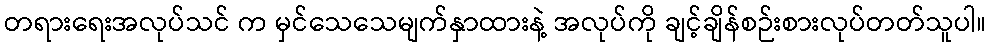
တရားရေးအလုပ်သင် က မှင်သေသေမျက်နှာထားနဲ့ အလုပ်ကို ချင့်ချိန်စဉ်းစားလုပ်တတ်သူပါ။